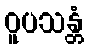
ဝူပသန္တံ